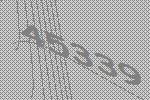
45339